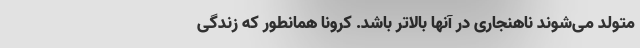
متولد می‌شوند ناهنجاری در آنها بالاتر باشد. کرونا همانطور که زندگی